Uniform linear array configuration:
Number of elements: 4
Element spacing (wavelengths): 0.25
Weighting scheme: hann
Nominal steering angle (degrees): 0
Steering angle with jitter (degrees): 1.946
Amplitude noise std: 0.05
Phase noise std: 0.05

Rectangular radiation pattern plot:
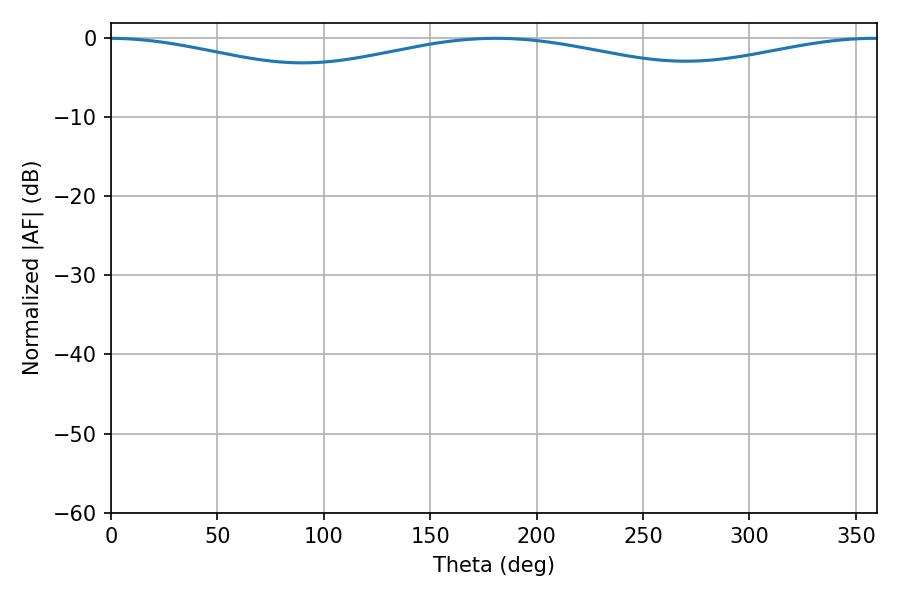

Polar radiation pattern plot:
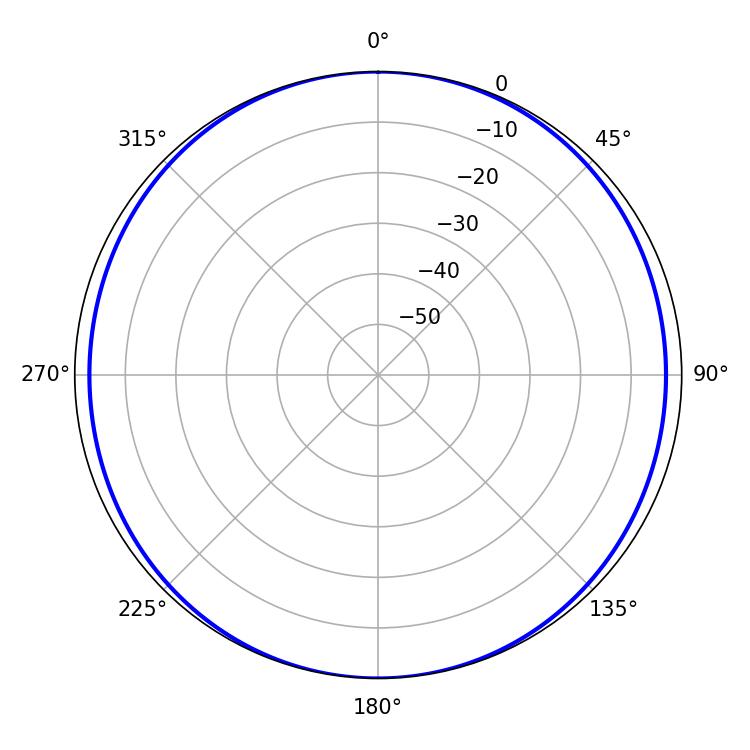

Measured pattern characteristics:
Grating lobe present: FALSE
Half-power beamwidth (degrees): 260.28
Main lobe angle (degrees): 180.9